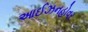
આઈઝનહોવર